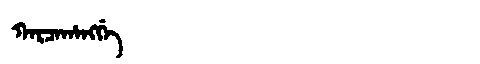
Manchu: ᡴᠠᡵᠴᠠᡥᠠᠩᡤᡝ
Romanization: KARCAHANGGE